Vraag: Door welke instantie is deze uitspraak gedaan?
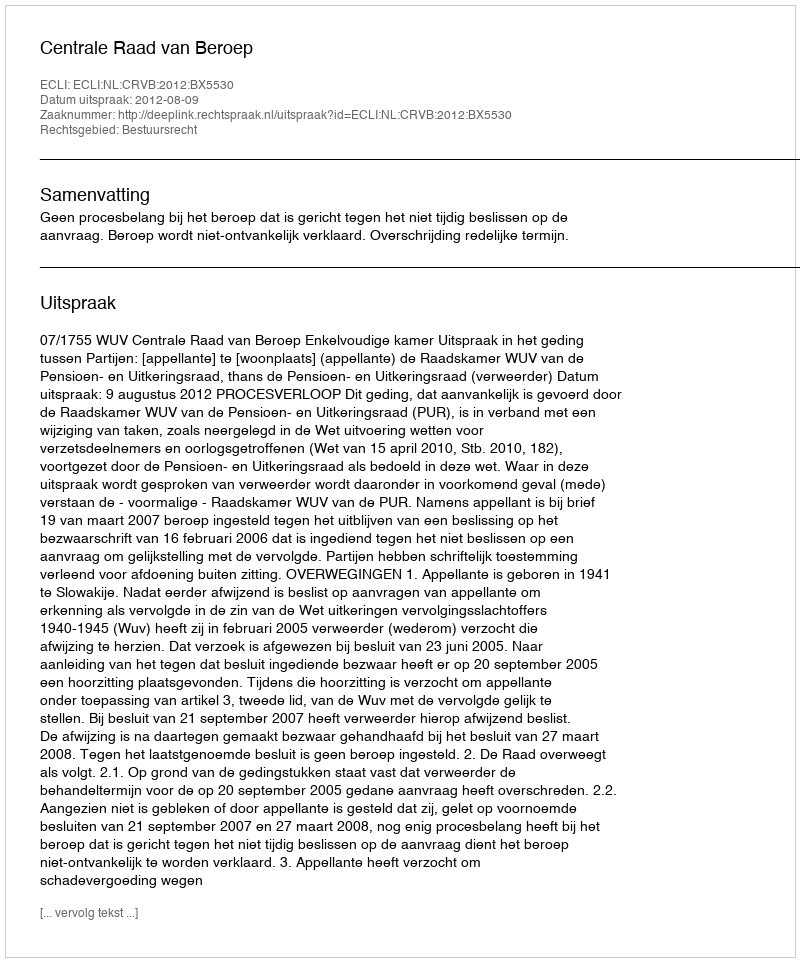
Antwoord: Centrale Raad van Beroep